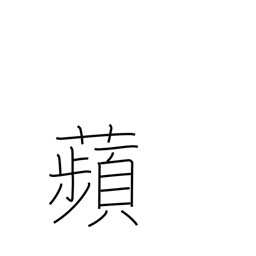
Meaning: duckweed